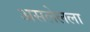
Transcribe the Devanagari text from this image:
असलेलला